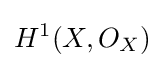
H^{1}(X,O_{X})